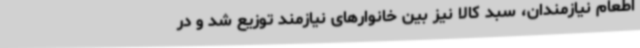
اطعام نیازمندان، سبد کالا نیز بین خانوارهای نیازمند توزیع شد و در